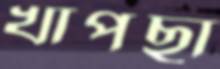
খাপছা